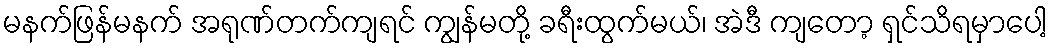
မနက်ဖြန်မနက် အရုဏ်တက်ကျရင် ကျွန်မတို့ ခရီးထွက်မယ်၊ အဲဒီ ကျတော့ ရှင်သိရမှာပေါ့